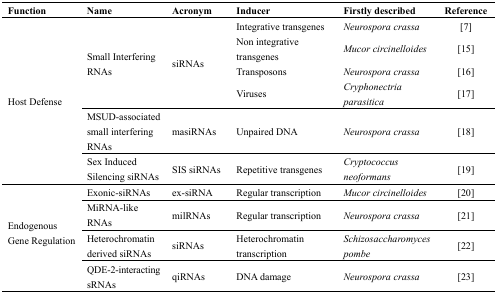
| Function | Name | Acronym | Inducer | Firstly described | Reference |
 | --- | --- | --- | --- | --- | --- |
 | <ROWSPAN=8> Host Defense | <ROWSPAN=4> Small Interfering RNAs | <ROWSPAN=4> siRNAs | Integrative transgenes | Neurospora crassa | [7] |
 | Non integrative transgenes | Mucor circinelloides | [15] |
 | Transposons | Neurospora crassa | [16] |
 | Viruses | Cryphonectria parasitica | [17] |
 | MSUD-associated small interfering RNAs | masiRNAs | Unpaired DNA | Neurospora crassa | [18] |
 | Sex Induced Silencing siRNAs | SIS siRNAs | Repetitive transgenes | Cryptococcus neoformans | [19] |
 | <ROWSPAN=7> Endogenous Gene Regulation | Exonic-siRNAs | ex-siRNA | Regular transcription | Mucor circinelloides | [20] |
 | MiRNA-like RNAs | milRNAs | Regular transcription | Neurospora crassa | [21] |
 | Heterochromatin derived siRNAs | siRNAs | Heterochromatin transcription | Schizosaccharomyces pombe | [22] |
 | QDE-2-interacting sRNAs | qiRNAs | DNA damage | Neurospora crassa | [23] |